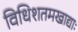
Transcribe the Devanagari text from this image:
विधिशतमखाद्याः